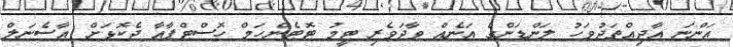
އަންނަ އާދިއްތަދުވަހު ލަންޑަންގެ އަނެއް ވާދަވެރި ޓީމު ޓޮޓެންހަމް ހޮސްޓްޕާއާ ދެކޮޅަށް އާސެނަލް